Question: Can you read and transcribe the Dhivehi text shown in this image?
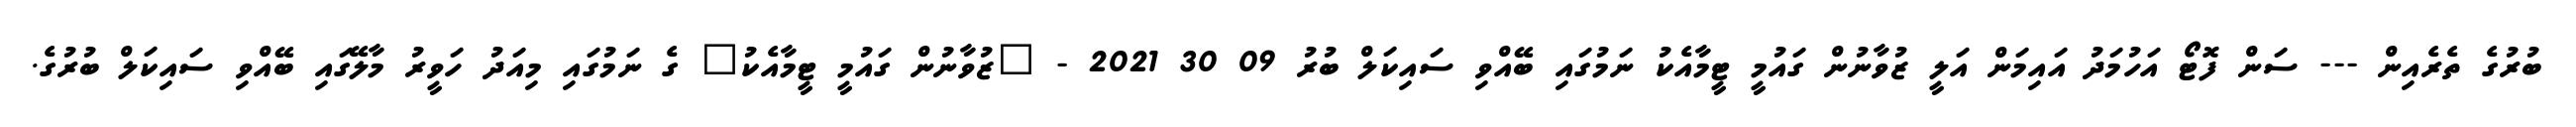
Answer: ބުރުގެ ތެރެއިން --- ސަން ފޮޓޯ އަހުމަދު އައިމަން އަލީ ޒުވާނުން ގައުމީ ޓީމާއެކު ނަމުގައި ބޭއްވި ސައިކަލް ބުރު 09 30 2021 - "ޒުވާނުން ގައުމީ ޓީމާއެކު" ގެ ނަމުގައި މިއަދު ހަވީރު މާލޭގައި ބޭއްވި ސައިކަލް ބުރުގެ.